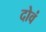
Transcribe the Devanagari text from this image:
दोवं